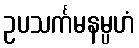
ဥပသင်္ကမနမ္ပဟံ